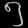
Digit: ၅